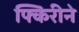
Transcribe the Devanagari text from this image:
फ्किरीने